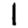
Digit: 1